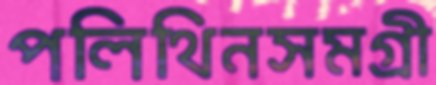
পলিথিনসমগ্রী